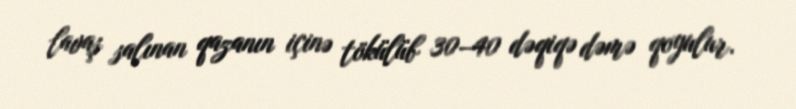
lavaş salınan qazanın içinə tökülüb 30–40 dəqiqə dəmə qoyulur.